Leaving Certificate Examination, 1920
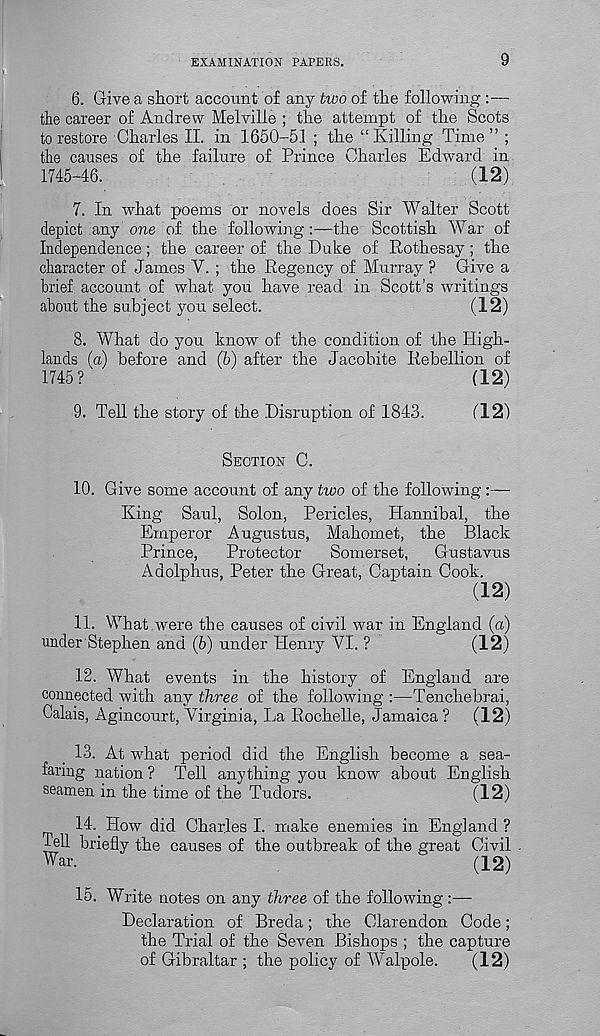
EXAMINATION PAPERS.
9
6. Give a short account of any two of the following :—-
the career of Andrew Melville ; the attempt of the Scots
to restore Charles II. in 1650-51 ; the “Killing Time” ;
the causes of the failure of Prince Charles Edward in
1745-46.
(12)
7. In what poems or novels does Sir Walter Scott
depict any one of the following :—the Scottish War of
Independence; the career of the Duke of Rothesay; the
character of James V. ; the Regency of Murray ? Give a
brief account of what you have read in Scott’s writings
about the subject you select.
(12)
8. What do you know of the condition of the High-
lands (a) before and (b) after the Jacobite Rebellion of
1745?
(12)
9. Tell the story of the Disruption of 1843.
(12)
SECTION C.
10. Give some account of any two of the following:—
King Saul, Solon, Pericles, Hannibal, the
Emperor Augustus, Mahomet, the Black
Prince,
Protector
Somerset,
Gustavus
Adolphus, Peter the Great, Captain Cook.
(12)
11. What were the causes of civil war in England (a)
under Stephen and (6) under Henry VI. ?
(12)
12. What events in the history of England are
connected with any three of the following :—Tenchebrai,
Calais, Agincourt, Virginia, La Rochelle, Jamaica? (12)
13. At what period did the English become a sea-
faring nation ? Tell anything you know about English
seamen in the time of the Tudors.
(12)
14. How did Charles I. make enemies in England ?
fell briefly the causes of the outbreak of the great Civil
War.
(12)
15. Write notes on any three of the following:—-
Declaration of Breda; the Clarendon Code;
the Trial of the Seven Bishops ; the capture
of Gibraltar ; the policy of Walpole.
(12)